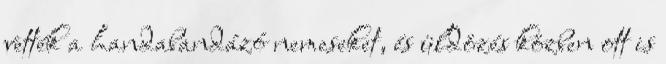
vették a handabandázó nemeseket, és üldözés közben ott is